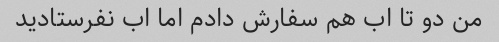
من دو تا اب هم سفارش دادم اما اب نفرستادید